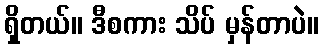
ရှိတယ်။ ဒီစကား သိပ် မှန်တာပဲ။